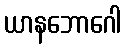
ယာနဘောဂေါ